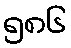
၅၈၆